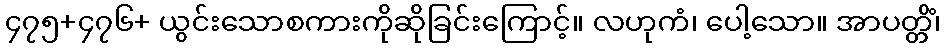
၄၇၅+၄၇၆+ ယွင်းသောစကားကိုဆိုခြင်းကြောင့်။ လဟုကံ၊ ပေါ့သော။ အာပတ္တိံ၊